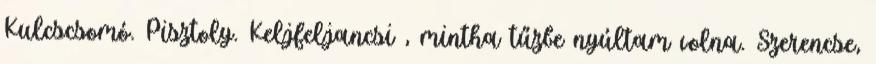
Kulcscsomó. Pisztoly. Keljfeljancsi , mintha tűzbe nyúltam volna. Szerencse,